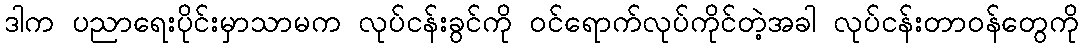
ဒါက ပညာရေးပိုင်းမှာသာမက လုပ်ငန်းခွင်ကို ဝင်ရောက်လုပ်ကိုင်တဲ့အခါ လုပ်ငန်းတာဝန်တွေကို